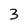
Character: 3